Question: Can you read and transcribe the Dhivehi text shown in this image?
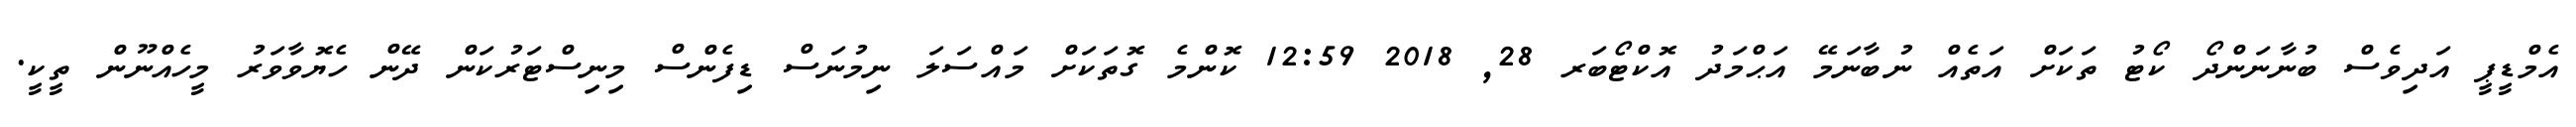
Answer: އެމްޑީޕީ އަދިވެސް ބުނާނަންދޯ ކޯޓު ތަކަށް އަތެއް ނުބާނަމޭ އަޙްމަދު އޮކްޓޯބަރ 28, 2018 12:59 ކޮންމެ ގޮތަކަށް މައްސަލަ ނިމުނަސް ޑިފެންސް މިނިސްޓަރުކަން ދޭން ހެޔޮވާވަރު މީހެއްނޫން ތީކީ.